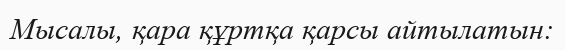
Мысалы, қара құртқа қарсы айтылатын: